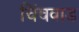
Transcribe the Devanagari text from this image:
चिंचवाड